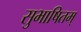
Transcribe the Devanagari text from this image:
सुभाषितम्